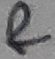
Text: &